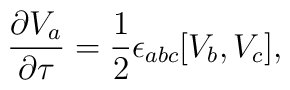
\frac{\partial V_a}{\partial \tau} =\frac12 \epsilon_{abc} [V_b,V_c],